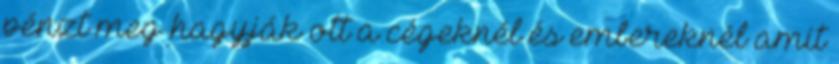
pénzt meg hagyják ott a cégeknél és embereknél amit